Report of the Imperial Institute of Veterinary Research, Muktesar
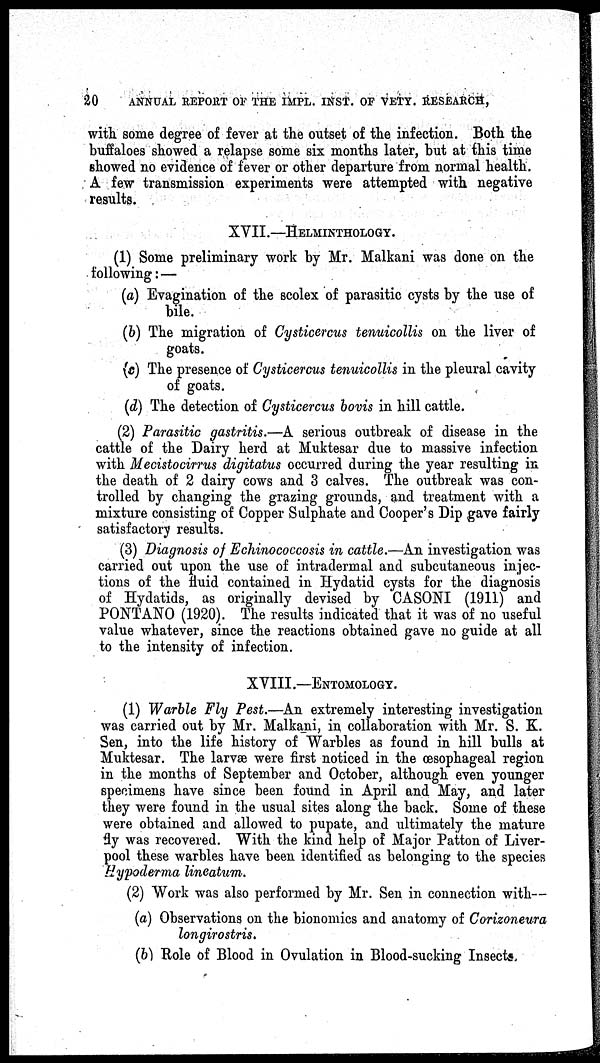
20
ANNUAL REPORT OF THE IMPL. INST. OF VETY. RESEARCH,
with some degree of fever at the outset of the infection. Both the
buffaloes showed a relapse some six months later, but at this time
showed no evidence of fever or other departure from normal health.
A few transmission experiments were attempted with negative
results.
XVII.—HELMINTHOLOGY.
(1) Some preliminary work by Mr. Malkani was done on the
following :—
(a) Evagination of the scolex of parasitic cysts by the use of
bile.
(b) The migration of Cysticercus tenuicollis on the liver of
goats.
(c) The presence of Cysticercus tenuicollis in the pleural cavity
of goats.
(d) The detection of Cysticercus bovis in hill cattle.
(2) Parasitic gastritis.—A serious outbreak of disease in the
cattle of the Dairy herd at Muktesar due to massive infection
with Mecistocirrus digitatus occurred during the year resulting in
the death of 2 dairy cows and 3 calves. The outbreak was con-
trolled by changing the grazing grounds, and treatment with a
mixture consisting of Copper Sulphate and Cooper's Dip gave fairly
satisfactory results.
(3) Diagnosis of Echinococcosis in cattle.—An investigation was
carried out upon the use of intradermal and subcutaneous injec-
tions of the fluid contained in Hydatid cysts for the diagnosis
of Hydatids, as originally devised by CASONI (1911) and
PONTANO (1920). The results indicated that it was of no useful
value whatever, since the reactions obtained gave no guide at all
to the intensity of infection.
XVIII.—ENTOMOLOGY.
(1) Warble Fly Pest.—An extremely interesting investigation
was carried out by Mr. Malkani, in collaboration with Mr. S. K.
Sen, into the life history of Warbles as found in hill bulls at
Muktesar. The larvæ were first noticed in the œsophageal region
in the months of September and October, although even younger
specimens have since been found in April and May, and later
they were found in the usual sites along the back. Some of these
were obtained and allowed to pupate, and ultimately the mature
fly was recovered. With the kind help of Major Patton of Liver-
pool these warbles have been identified as belonging to the species
Hypoderma lineatum.
(2) Work was also performed by Mr. Sen in connection with—
(a) Observations on the bionomics and anatomy of Corizoneura
longirostris.
(b) Role of Blood in Ovulation in Blood-sucking Insects.